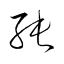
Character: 純